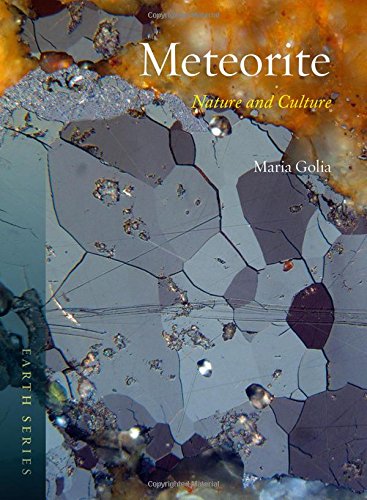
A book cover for Meteorite: Nature and Culture (Earth); Maria Golia; Science & Math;